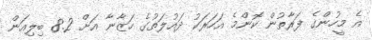
އެ މީހުންގެ ފަރާތުން ކޮންމެ އަހަރަކު ދައުލަތުގެ ހަޒާނާ އަށް 8.2 ބިލިއަން